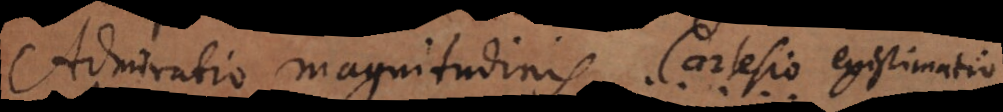
Admiratio magnitudinis, Cartesio existimatio.